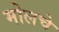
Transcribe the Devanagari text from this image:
मोलचे